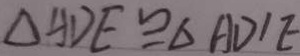
\Delta A D E \cong \Delta A D ^ { \prime } E